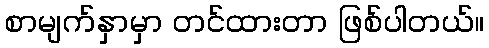
စာမျက်နှာမှာ တင်ထားတာ ဖြစ်ပါတယ်။